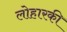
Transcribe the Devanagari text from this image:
लोहारकी